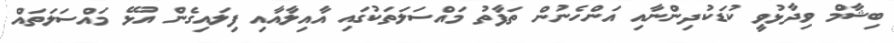
ބިޝާމް ވިދާޅުވީ ކުޑަކުދިންނާއި އަންހެނުން ތަފާތު މައްސަލަތަކުގައި އާއިލާއާއި ފިލައިގެން އުޅޭ މައްސަލަތައް